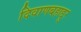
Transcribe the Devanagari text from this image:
दिवाणबहाद्दुर